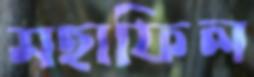
মহাফিল